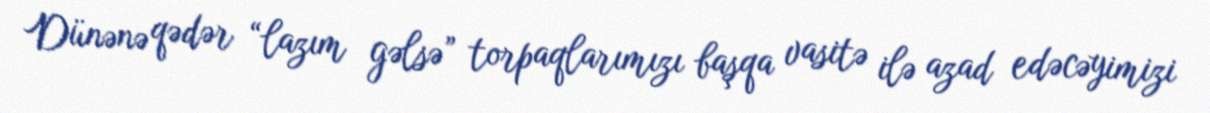
Dünənə qədər “lazım gəlsə” torpaqlarımızı başqa vasitə ilə azad edəcəyimizi